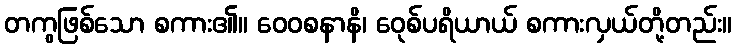
တကွဖြစ်သော စကား၏။ ဝေဝစနာနိ၊ ဝေုစ်ပရိယာယ် စကားလှယ်တို့တည်း။